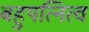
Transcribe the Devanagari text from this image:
बहुपत्नित्व